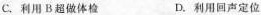
C.利用B超做体检 D.利用回声定位